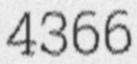
4366